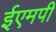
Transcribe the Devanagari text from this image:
ईएमपी